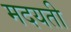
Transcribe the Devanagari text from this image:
मदयती